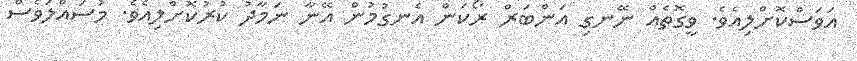
އަވަސްކޮށްލިއެވެ. ވީގޮތެއް ނޭނގި އަންބަރް ރޯކަން އެނގުމުން އޭނާ ނަމާދު ކުރުކޮށްލިއެވެ. މުސައްލަވެސް